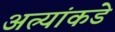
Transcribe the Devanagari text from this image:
अत्र्यांकडे